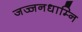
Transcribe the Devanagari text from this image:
जज्जनधाम्नि